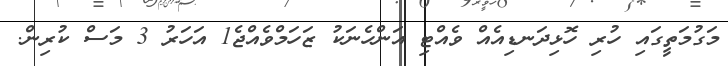
މަގުމަތީގައި ހުރި ހޮޅިދަނޑިއެއް ވެއްޓި އަންހެނަކު ޒަހަމްވެއްޖެ1 އަހަރު 3 މަސް ކުރިން.